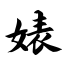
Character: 婊